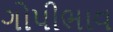
ગોપીભાવ